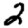
Digit: 2